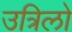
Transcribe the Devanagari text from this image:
उत्रिलो